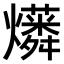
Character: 𤒑